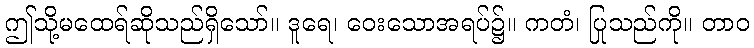
ဤသို့မထေရ်ဆိုသည်ရှိသော်။ ဒူရေ၊ ဝေးသောအရပ်၌။ ကတံ၊ ပြုသည်ကို။ တာဝ